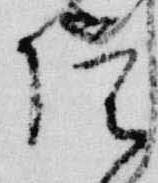
院